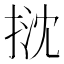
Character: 𢭽